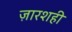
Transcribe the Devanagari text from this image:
ज़ारशही